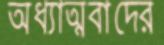
অধ্যাত্মবাদের